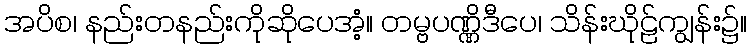
အပိစ၊ နည်းတနည်းကိုဆိုပေအံ့။ တမ္ဗပဏ္ဏိဒီပေ၊ သိန်းဃိုဠ်ကျွန်း၌။